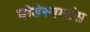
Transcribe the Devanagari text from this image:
घोडेस्वारांस